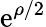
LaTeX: \mathrm{e}^{\rho/2}